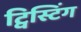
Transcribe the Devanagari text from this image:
ट्विस्टिंग